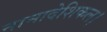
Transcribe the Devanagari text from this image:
नानादेशिकल।